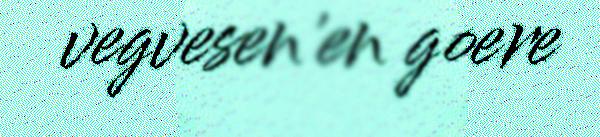
vegvesen'en goere